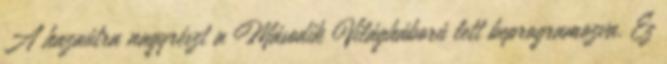
A hazaútra nagyrészt a Második Világháború lett beprogramozva. Ez